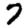
Digit: 7